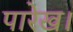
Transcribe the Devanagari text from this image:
पारेख।